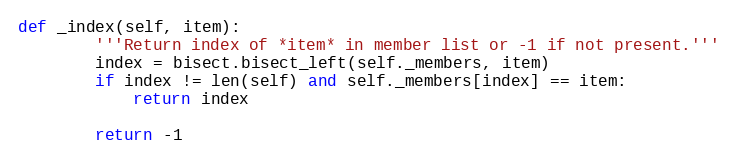
Language: Python
def _index(self, item):
        '''Return index of *item* in member list or -1 if not present.'''
        index = bisect.bisect_left(self._members, item)
        if index != len(self) and self._members[index] == item:
            return index

        return -1